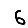
Digit: 6